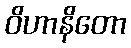
ဝိဟာနိတော